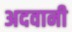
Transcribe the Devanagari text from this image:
अदवानी